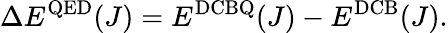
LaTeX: \Delta E^{\mathrm{QED}}(J)=E^{\mathrm{DCBQ}}(J)-E^{\mathrm{DCB}}(J).